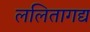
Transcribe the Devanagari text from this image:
ललितागद्य